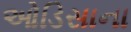
ઓડિસાના